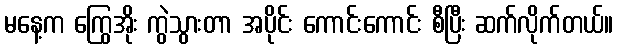
မနေ့က ကြွေအိုး ကွဲသွားတာ အပိုင်း ကောင်းကောင်း စီပြီး ဆက်လိုက်တယ်။